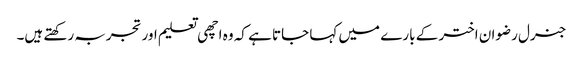
جنرل رضوان اختر کے بارے میں کہا جاتا ہے کہ وہ اچھی تعلیم اور تجربہ رکھتے ہیں۔